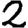
Digit: 2